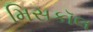
મિસકૉલ